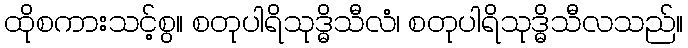
ထိုစကားသင့်စွ။ စတုပါရိသုဒ္ဓိသီလံ၊ စတုပါရိသုဒ္ဓိသီလသည်။